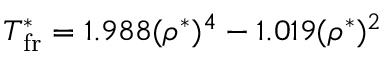
T _ { \mathrm { f r } } ^ { * } = 1 . 9 8 8 ( \rho ^ { * } ) ^ { 4 } - 1 . 0 1 9 ( \rho ^ { * } ) ^ { 2 }